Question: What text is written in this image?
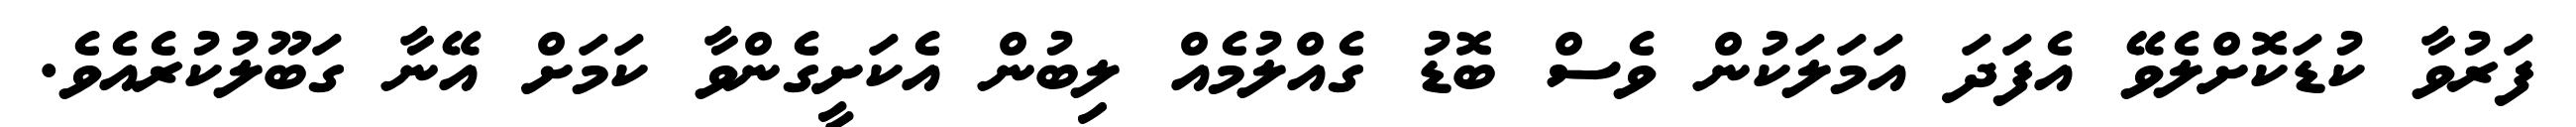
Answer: ފަރުވާ ކުޑަކޮށްލެވޭ އެފަދަ އަމަލަކުން ވެސް ބޮޑު ގެއްލުމެއް ލިބުން އެކަށީގެންވާ ކަމަށް އޭނާ ގަބޫލުކުރެއެވެ.